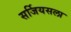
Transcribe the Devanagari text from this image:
सर्जियसला